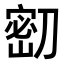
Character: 𭄌